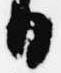
日